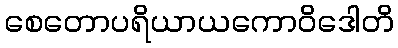
စေတောပရိယာယကောဝိဒေါတိ